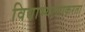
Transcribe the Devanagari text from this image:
विद्याभ्यासाकरता